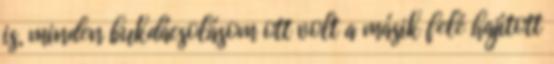
is, minden bukdácsolásom ott volt a másik felé hajított